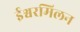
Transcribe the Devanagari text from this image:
ईश्वरमिलन